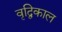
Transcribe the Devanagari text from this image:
वृद्विकाल